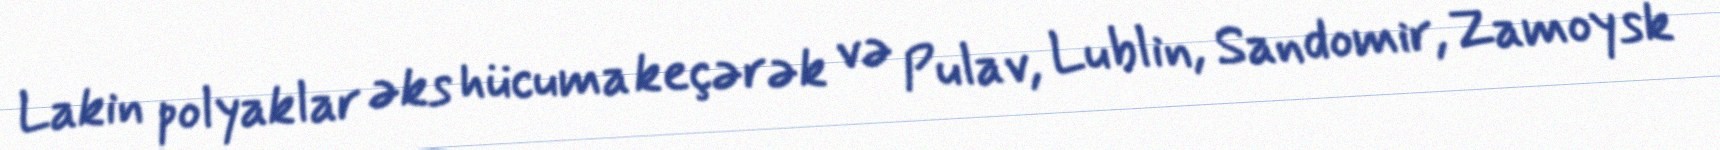
Lakin polyaklar əks hücuma keçərək və Pulav, Lublin, Sandomir, Zamoysk